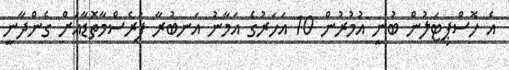
އެ ހޮސްޕިޓަލުން ބުނީ އުމުރުން 10 އަހަރުގެ އަމާނު އަނބުރާ ފަރެސްމާތޮޑާއަށް ގެންދާނީ